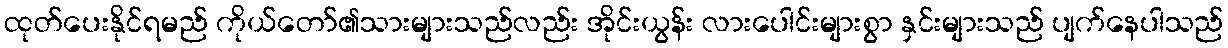
ထုတ်ပေးနိုင်ရမည် ကိုယ်တော်၏သားများသည်လည်း အိုင်းယွန်း လားပေါင်းများစွာ နှင်းများသည် ပျက်နေပါသည်